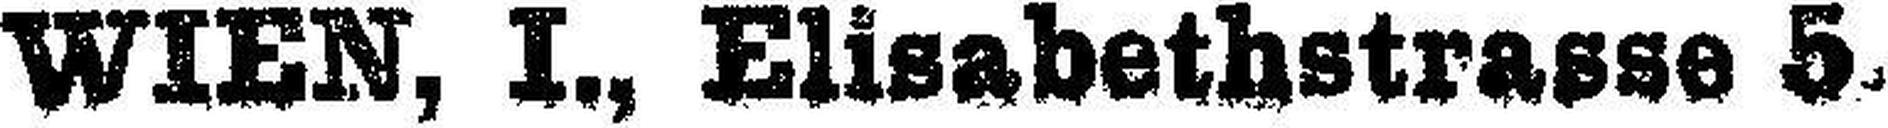
WIEN, I., Elisabethstrasse 5.